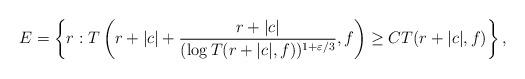
LaTeX: \begin{align*}E=\left\{r:T\left(r+|c|+\frac{r+|c|}{(\log T(r+|c|,f))^{1+\varepsilon/3}},f\right)\geq CT(r+|c|,f)\right\},\end{align*}